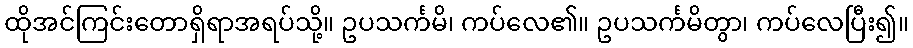
ထိုအင်ကြင်းတောရှိရာအရပ်သို့။ ဥပသင်္ကမိ၊ ကပ်လေ၏။ ဥပသင်္ကမိတွာ၊ ကပ်လေပြီး၍။